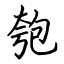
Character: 匏